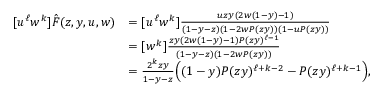
\begin{array} { r l } { [ u ^ { \ell } w ^ { k } ] \hat { F } ( z , y , u , w ) } & { = [ u ^ { \ell } w ^ { k } ] \frac { u z y ( 2 w ( 1 - y ) - 1 ) } { ( 1 - y - z ) ( 1 - 2 w P ( z y ) ) ( 1 - u P ( z y ) ) } } \\ & { = [ w ^ { k } ] \frac { z y ( 2 w ( 1 - y ) - 1 ) P ( z y ) ^ { \ell - 1 } } { ( 1 - y - z ) ( 1 - 2 w P ( z y ) ) } } \\ & { = \frac { 2 ^ { k } z y } { 1 - y - z } \Big ( ( 1 - y ) P ( z y ) ^ { \ell + k - 2 } - P ( z y ) ^ { \ell + k - 1 } \Big ) , } \end{array}